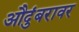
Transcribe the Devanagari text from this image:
औदुंबरावर